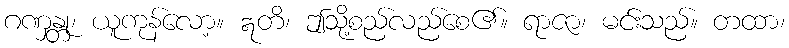
ဂဏှန္တု၊ ယူကုန်လော့။ ဣတိ၊ ဤသို့စည်လည်စေ၏။ ရာဇာ၊ မင်းသည်။ တထာ၊